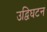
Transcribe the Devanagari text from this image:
उद्विघटन